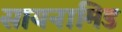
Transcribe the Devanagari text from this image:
सायनामिड